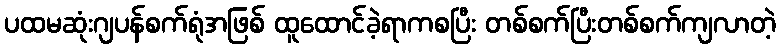
ပထမဆုံးဂျပန်စက်ရုံအဖြစ် ထူထောင်ခဲ့ရာကစပြီး တစ်စက်ပြီးတစ်စက်ကျလာတဲ့